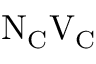
\mathrm { N } _ { \mathrm { C } } \mathrm { V } _ { \mathrm { C } }